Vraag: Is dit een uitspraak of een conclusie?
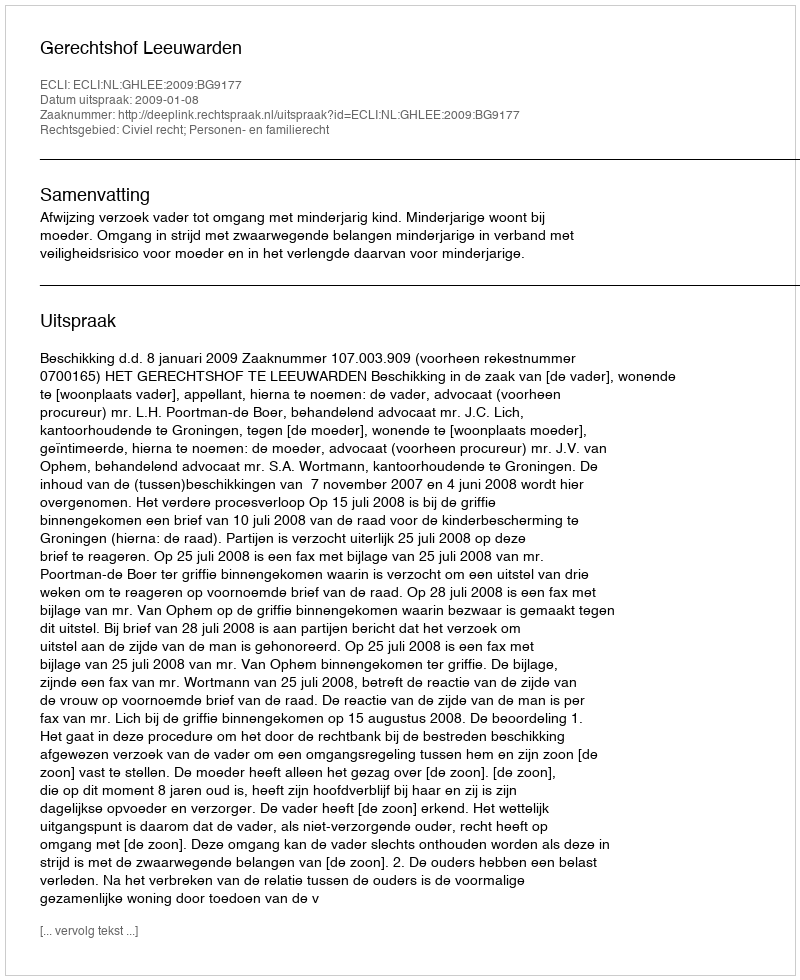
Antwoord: Uitspraak